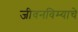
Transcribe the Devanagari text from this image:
जीवनविम्याचे